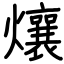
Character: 爙